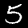
Label: 5